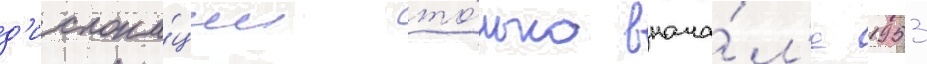
д'ислока́ции то́лько внача́л'е 1953